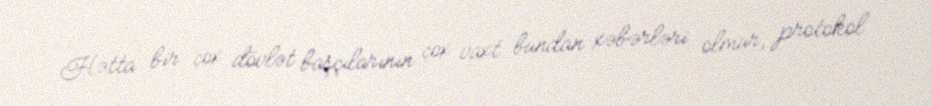
Hətta bir çox dövlət başçılarının çox vaxt bundan xəbərləri olmur, protokol